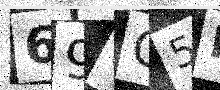
Text: 696G5R